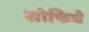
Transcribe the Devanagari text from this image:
सोफिचे